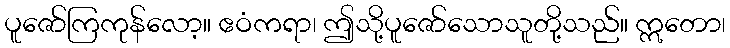
ပူဇော်ကြကုန်လော့။ ဧဝံကရာ၊ ဤသို့ပူဇော်သောသူတို့သည်။ ဣတော၊